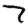
Digit: 7